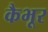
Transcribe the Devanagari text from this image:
कैभूर